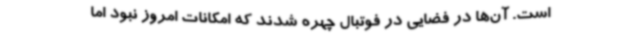
است. آن‌ها در فضایی در فوتبال چهره شدند که امکانات امروز نبود اما